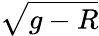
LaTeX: \sqrt{g-R}